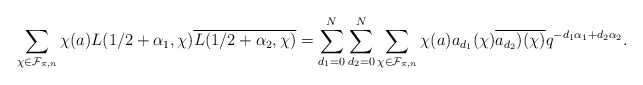
\begin{align*} \sum_{ \chi \in \mathcal F_{\pi,n}} \chi(a) L(1/2+\alpha_1,\chi) \overline{L(1/2+\alpha_2,\chi)} =\sum_{d_1=0}^{N} \sum_{d_2=0}^N \sum_{ \chi \in \mathcal F_{\pi,n}}\chi(a)a_{d_1}(\chi) \overline{a_{d_2})(\chi) } q^{ - d_1 \alpha_1+ d_2 \alpha_2} . \end{align*}